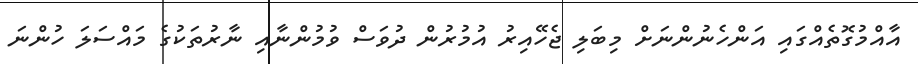
އާއްމުގޮތެއްގައި އަންހެނުންނަށް މިބަލި ޖެހޭއިރު އުމުރުން ދުވަސް ވުމުންނާއި ނާރުތަކުގެ މައްސަލަ ހުންނަ